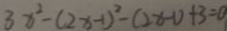
3 x ^ { 2 } - ( 2 x - 1 ) ^ { 2 } - ( 2 x - 1 ) + 3 = 0